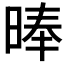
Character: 𣈖